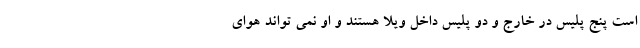
است پنج پلیس در خارج و دو پلیس داخل ویلا هستند و او نمی تواند هوای